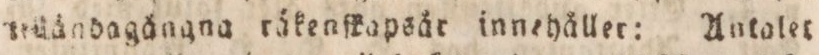
tilländagångna räkenſkapſår innehåller: Antolet